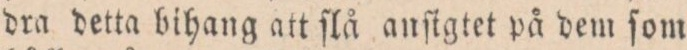
dra detta bihang att ſlå anſigtet på dem ſom